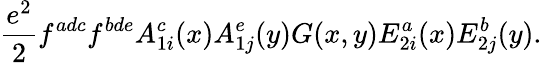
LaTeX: {\frac{e^{2}}{2}}f^{adc}f^{bde}A_{1i}^{c}(x)A_{1j}^{e}(y)G(x,y)E_{2i}^{a}(x)E_{2j}^{b}(y).